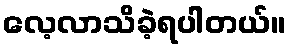
လေ့လာသိခဲ့ရပါတယ်။